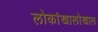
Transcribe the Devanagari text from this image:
लोकांखालोखाल